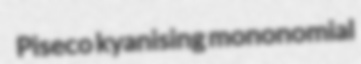
Piseco kyanising mononomial